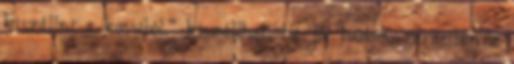
kiszállni a kocsiból." kiszállhat. ha jól tudom, izraelben a